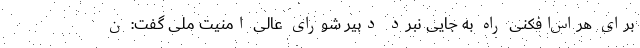
برای هراس‌افکنی راه به جایی نبرد دبیر شورای عالی امنیت ملی گفت: ن